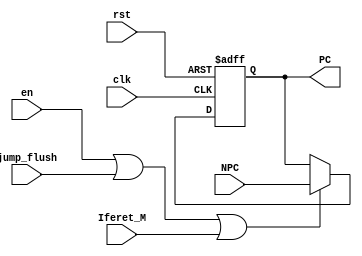
`timescale 1ns / 1ps
//////////////////////////////////////////////////////////////////////////////////
// Company: 
// Engineer: 
// 
// Design Name: 
// Module Name:    PC 
// Project Name: 
// Target Devices: 
// Tool versions: 
// Description: 
//
// Dependencies: 
//
// Revision: 
// Revision 0.01 - File Created
// Additional Comments: 
//
//////////////////////////////////////////////////////////////////////////////////
module PC(clk,rst,NPC,PC,en,jump_flush,Iferet_M);
	input clk,rst,en,jump_flush,Iferet_M;
	input[31:0] NPC;
	output reg [31:0] PC;
	initial
		begin
			PC='h00003000;
		end
	always @(posedge clk or posedge rst)
		begin
			if(rst)
				begin
					PC='h00003000;
					end
			else
				begin
					if(en|jump_flush|Iferet_M)
						begin
						PC=NPC;
						$display("PC <- %x",  PC);
						end
				end
		end
endmodule